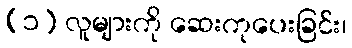
(၁) လူများကို ဆေးကုပေးခြင်း၊